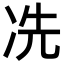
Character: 冼